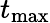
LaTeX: t_{\mathrm{max}}